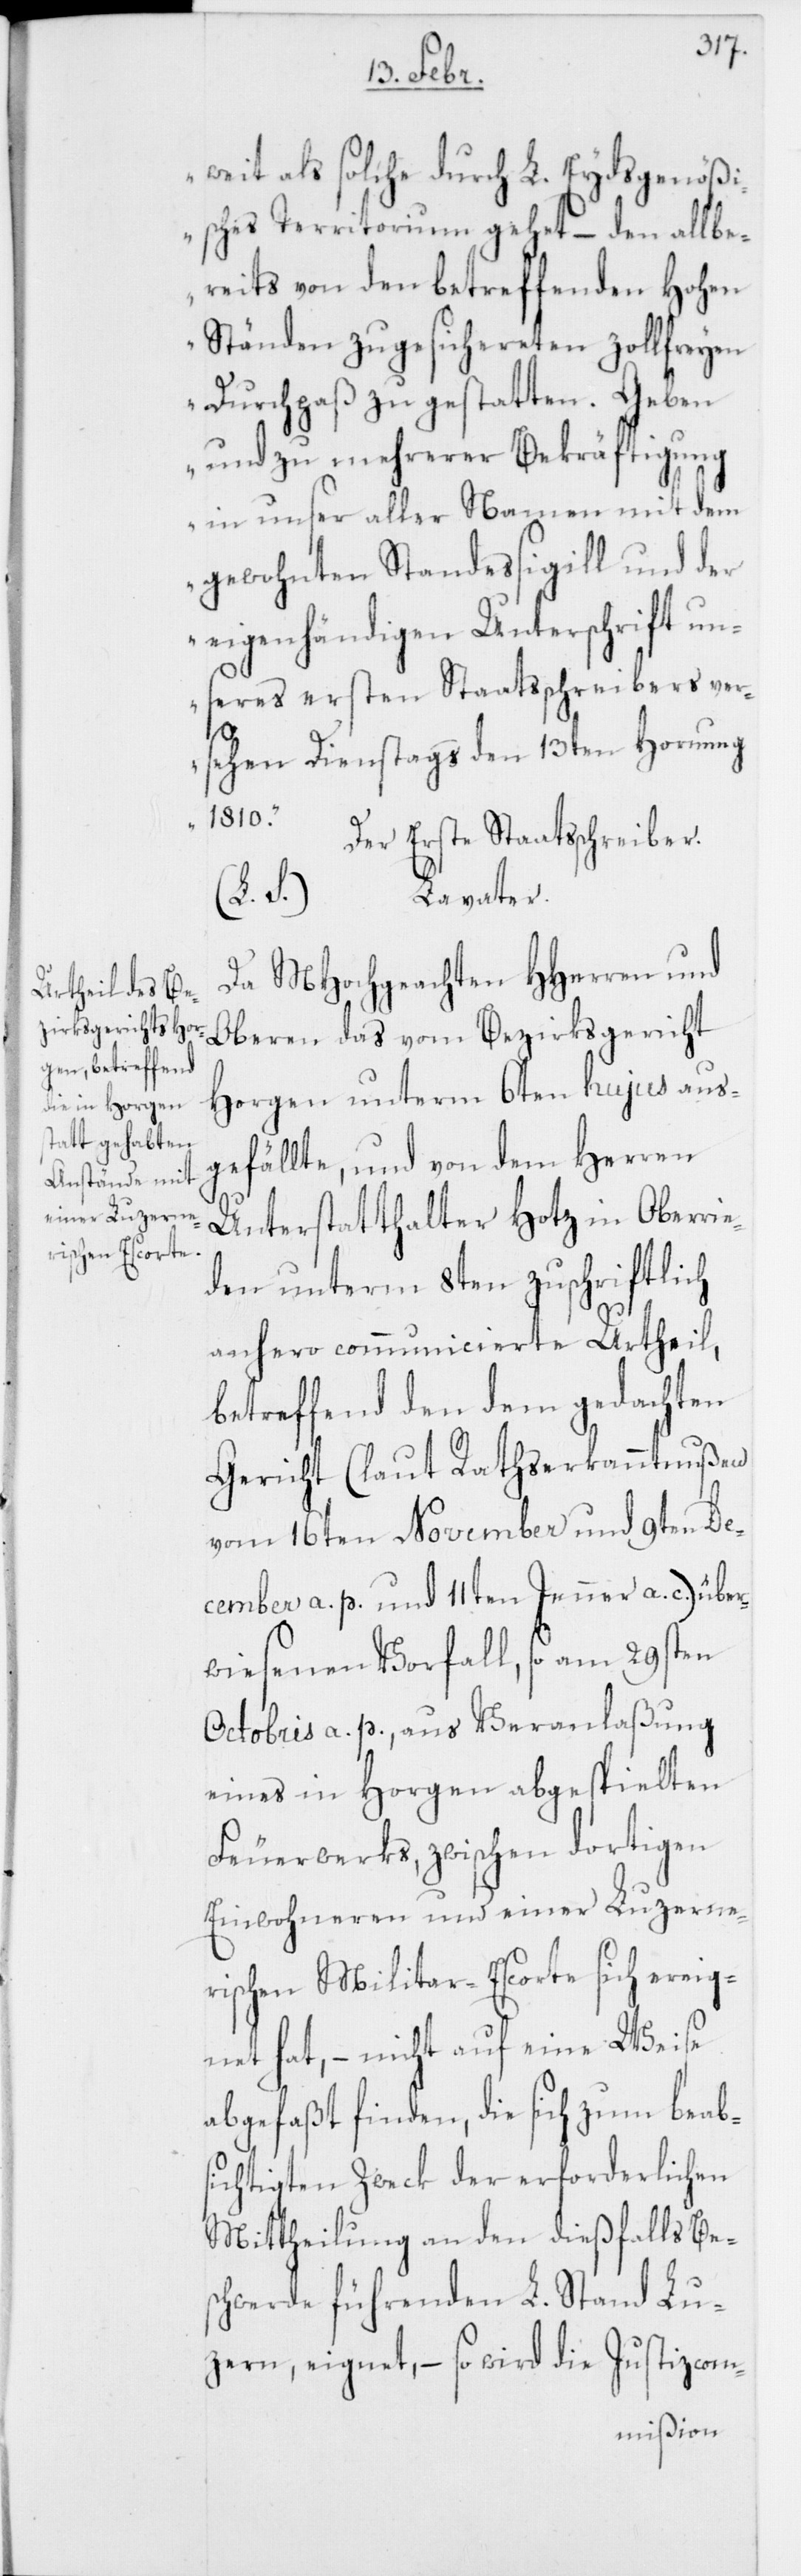
weit als solche durch L. Eydsgenößi¬
sches Territorium gehet – den allbe¬
reits von den betreffenden Hohen
Ständen zugesichereten zollfreyen
Durchpaß zu gestatten. Geben
und zu mehrerer Bekräftigung
in unser aller Namen mit dem
gewohnten Standessigill und der
eigenhändigen Unterschrift un¬
seres ersten Staatsschreibers ver¬
sehen, Dienstags den 13ten Hornung
1810.“
Der Erste Staatsschreiber.
(L. S.) Lavater.
Da MHochgeachten HHerren und
Oberen das vom Bezirksgericht
Horgen unterm 6ten hujus aus¬
gefällte, und von dem Herren
Unterstatthalter Hotz in Oberrie¬
den unterm 8ten zuschriftlich
anhero communicierte Urtheil,
betreffend den dem gedachten
Gericht (laut Rathserkanntnußen
vom 16ten November und 9ten De¬
cember a. p. und 11ten Jenner a. c.) über¬
wiesenen Vorfall, so am 29ten
Octobris a. p., aus Veranlaßung
eines in Horgen abgespielten
Feuerwerks, zwischen dortigen
Einwohneren und einer Luzerne¬
rischen Militar-Escorte sich ereig¬
net hat, – nicht auf eine Weise
abgefaßt finden, die sich zum beabs¬
ichtigten Zweck der erforderlichen
Mittheilung an den dießfalls Bes¬
chwerde führenden L. Stand Lu¬
zern, eignet, – so wird die Justizcom-